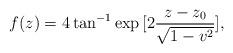
LaTeX: \begin{align*}f(z) = 4 \tan^{-1}\exp{[2\frac{z-z_0}{\sqrt{1-v^2}}]}, \end{align*}